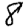
Digit: 8